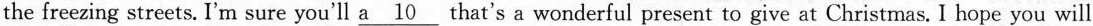
the freezing streets. I'm sure you'll \underline{a 10} that's a wonderful present to give at Christmas. I hope you will